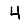
Digit: 4